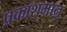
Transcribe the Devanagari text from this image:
प्रकाशमान्‌